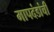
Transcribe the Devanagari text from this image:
मापदंडांची